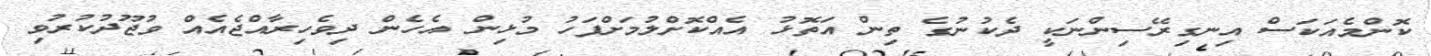
ކޮންމެއަކަސް އިނގިރޭސިންނަކީ ދެކުނުގެ ތިން އަތޮޅު އެއްކޮށްލުމަށްފަހު މުޅިން އެހެން ދިވެހިރާއްޖެއެއް ވުޖޫދުކުރުވި